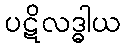
ပဋိလဒ္ဓါယ